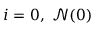
i = 0 , \ \mathcal { N } ( 0 )